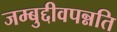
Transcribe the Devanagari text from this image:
जम्बुद्दीवपन्नति